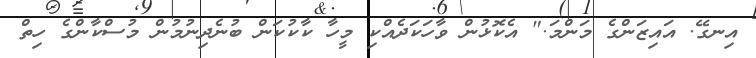
އިނގޭ. އައިޒަންގެ މަންމަ." އެކޮޅުން ވާހަކަދެއްކި މީހާ ކާކުކަން ބުނެދިނުމުން މުސްކާންގެ ހިތް